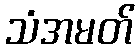
သံအမတ်